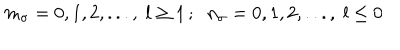
LaTeX: m _ { \sigma } = 0 , 1 , 2 , . . . , \; l \geq 1 \, ; \; \; n _ { \sigma } = 0 , 1 , 2 , . . . , \; l \leq 0